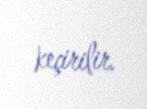
keçirilir.